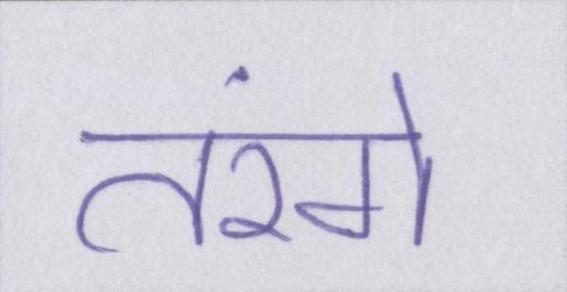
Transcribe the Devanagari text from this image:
तरंगे